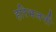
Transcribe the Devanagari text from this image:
हरिभजनी